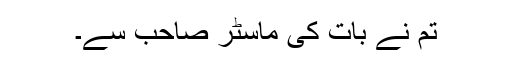
تم نے بات کی ماسٹر صاحب سے۔